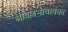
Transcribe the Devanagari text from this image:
श्रीवल्लभाचार्यका